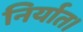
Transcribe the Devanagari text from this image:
निर्यात।